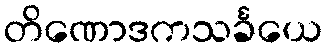
တိဏောဒကသင်္ခယေ